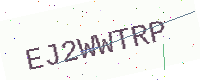
Text: EJ2WWTRP